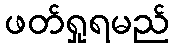
ဖတ်ရှုရမည်